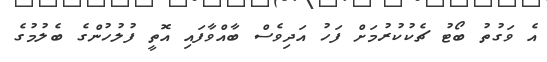
އެ ވަގުތު ބޯޓު ޗެކުކުރުމަށް ފަހު އަދިވެސް ބާއްވާފައި އޮތީ ފުލުހުންގެ ބެލުމުގެ